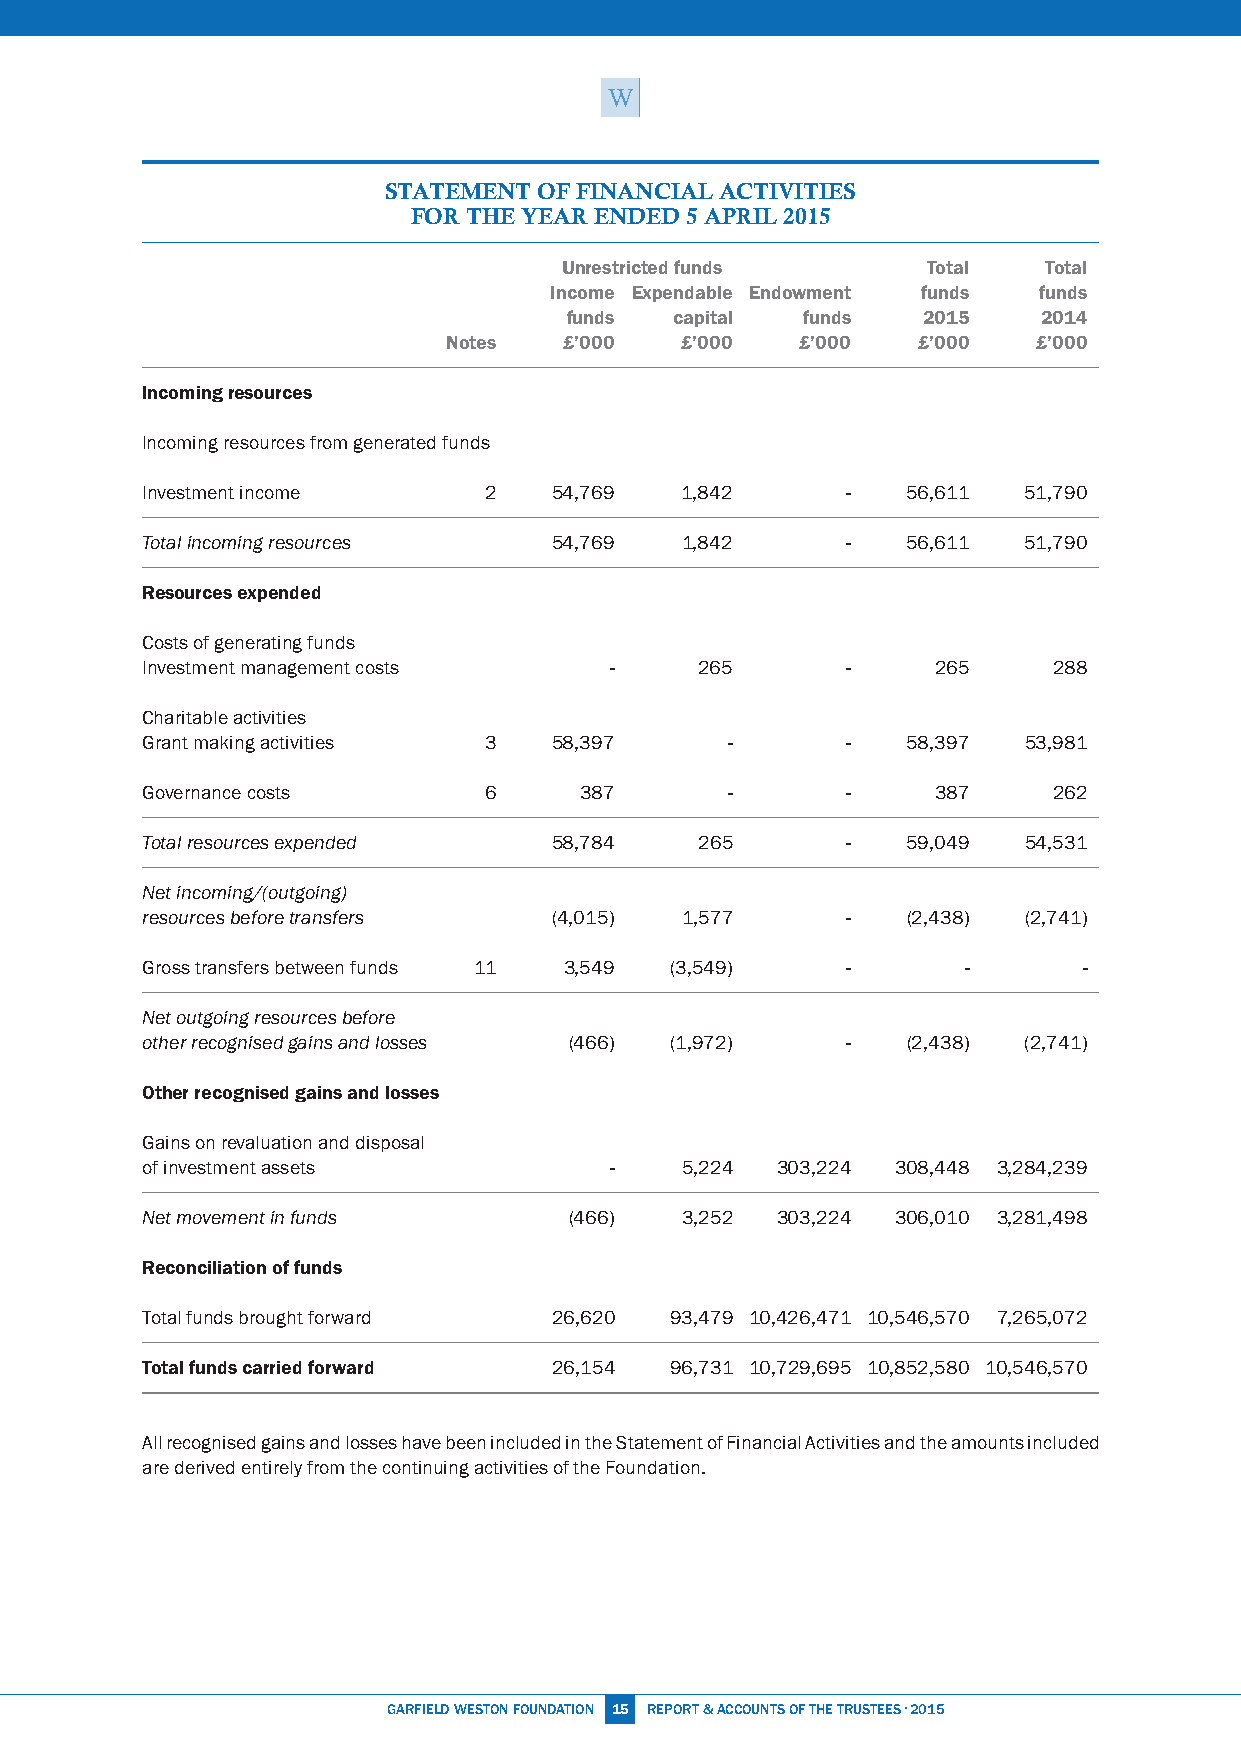
STATEMENT  OF FINANCIAl ACTIVITIES
 FOR ThE YEAR ENDED 5 APRIl 2015
 Unrestricted funds      Total   Total
 Income Expendable Endowment funds funds
 funds   capital funds   2015    2014
 Notes  £’000   £’000   £’000   £’000   £’000
 Incoming resources
 Incoming resources from generated funds
 Investment income      2   54,769   1,842      -   56,611  51,790
 Total incoming resources    54,769  1,842      -   56,611  51,790
 Resources expended
 Costs of generating funds
 Investment management costs    -     265       -     265     288
 Charitable activities
 Grant making activities 3   58,397     -       -   58,397  53,981
 Governance costs       6     387       -       -     387     262
 Total resources expended    58,784   265       -   59,049  54,531
 Net incoming/(outgoing)
 resources before transfers  (4,015) 1,577      -   (2,438) (2,741)
 Gross transfers between funds 11 3,549 (3,549) -       -       -
 Net outgoing resources before
 other recognised gains and losses (466) (1,972) -  (2,438) (2,741)
 Other recognised gains and losses
 Gains on revaluation and disposal
 of investment assets           -    5,224 303,224 308,448 3,284,239
 Net movement in funds        (466)  3,252 303,224 306,010 3,281,498
 Reconciliation of funds
 Total funds brought forward 26,620 93,479 10,426,471 10,546,570 7,265,072
 Total funds carried forward 26,154 96,731 10,729,695 10,852,580 10,546,570
 All recognised gains and losses have been included in the Statement of Financial Activities and the amounts included
 are derived entirely from the continuing activities of the Foundation.
 GARFiEld WESTON FOUNdATiON 15 REPORT & ACCOUNTS OF THE TRUSTEES · 2015